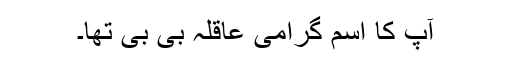
آپ کا اسم گرامی عاقلہ بی بی تھا۔